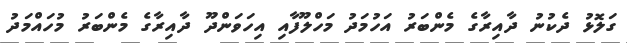
ގަލޮޅު ދެކުނު ދާއިރާގެ މެންބަރު އަހުމަދު މަހްލޫފާއި އިހަވަންދޫ ދާއިރާގެ މެންބަރު މުހައްމަދު